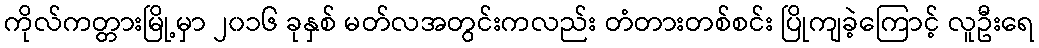
ကိုလ်ကတ္တားမြို့မှာ ၂၀၁၆ ခုနှစ် မတ်လအတွင်းကလည်း တံတားတစ်စင်း ပြိုကျခဲ့ကြောင့် လူဦးရေ